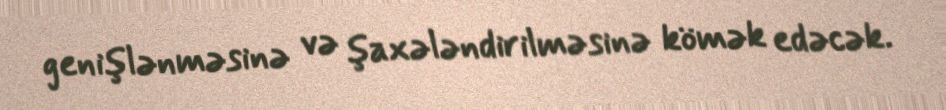
genişlənməsinə və şaxələndirilməsinə kömək edəcək.